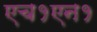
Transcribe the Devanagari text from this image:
एच१एन१